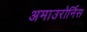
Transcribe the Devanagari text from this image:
अमाउरोर्निस